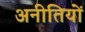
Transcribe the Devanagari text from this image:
अनीतियों